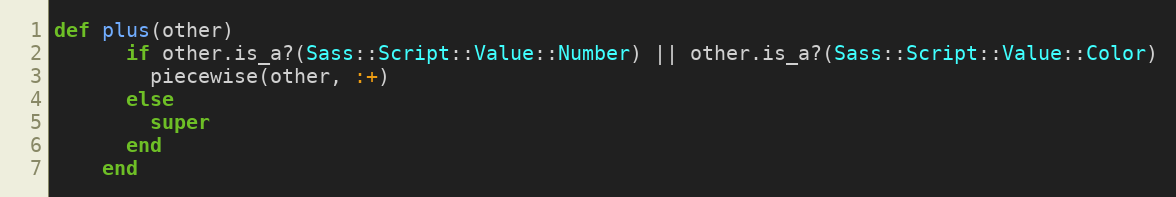
Language: Ruby
def plus(other)
      if other.is_a?(Sass::Script::Value::Number) || other.is_a?(Sass::Script::Value::Color)
        piecewise(other, :+)
      else
        super
      end
    end